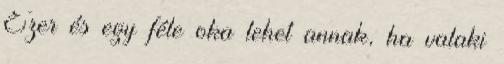
Ezer és egy féle oka lehet annak, ha valaki